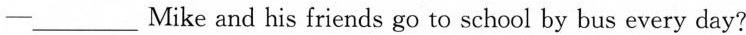
一___ Mike and his friends go to school by bus every day?